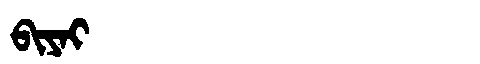
Manchu: ᠪᡳᠶᠠᡳ
Romanization: BIYAI